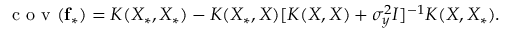
\mathrm { ~ c ~ o ~ v ~ } ( \mathbf { f _ { * } } ) = K ( X _ { * } , X _ { * } ) - K ( X _ { * } , X ) [ K ( X , X ) + \sigma _ { y } ^ { 2 } I ] ^ { - 1 } K ( X , X _ { * } ) .